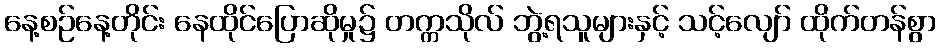
နေ့စဉ်နေ့တိုင်း နေထိုင်ပြောဆိုမှု၌ တက္ကသိုလ် ဘွဲ့ရသူများနှင့် သင့်လျော် ထိုက်တန်စွာ